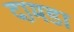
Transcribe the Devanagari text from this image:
दामडा